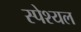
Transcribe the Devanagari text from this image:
स्पेश्यल